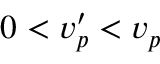
0 < v _ { p } ^ { \prime } < v _ { p }